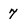
Character: 7